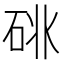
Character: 𥒩